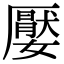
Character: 嬮